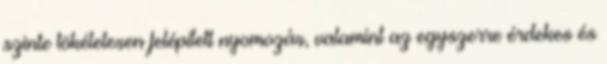
szinte tökéletesen felépített nyomozás, valamint az egyszerre érdekes és